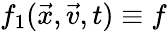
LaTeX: f_{1}(\vec{x},\vec{v},t)\equiv f